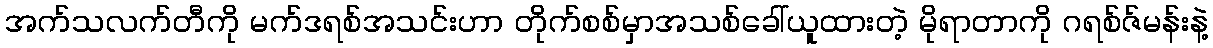
အက်သလက်တီကို မက်ဒရစ်အသင်းဟာ တိုက်စစ်မှာအသစ်ခေါ်ယူထားတဲ့ မိုရာတာကို ဂရစ်ဇ်မန်းနဲ့